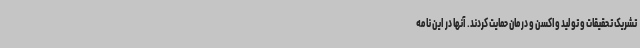
تشریک تحقیقات و تولید واکسن و درمان حمایت کردند. آنها در این نامه